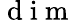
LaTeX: \mathrm{~d~i~m~}